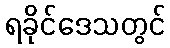
ရခိုင်ဒေသတွင်